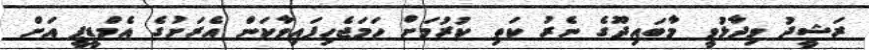
ރަޝީދު ވިދާޅުވީ މާބައިދޫގެ ނެރު ކަތި ކުރުމަށް ހަމަޖެހިފައިވާކަން އެރަށުގެ އެމްޑީޕީ އަށް